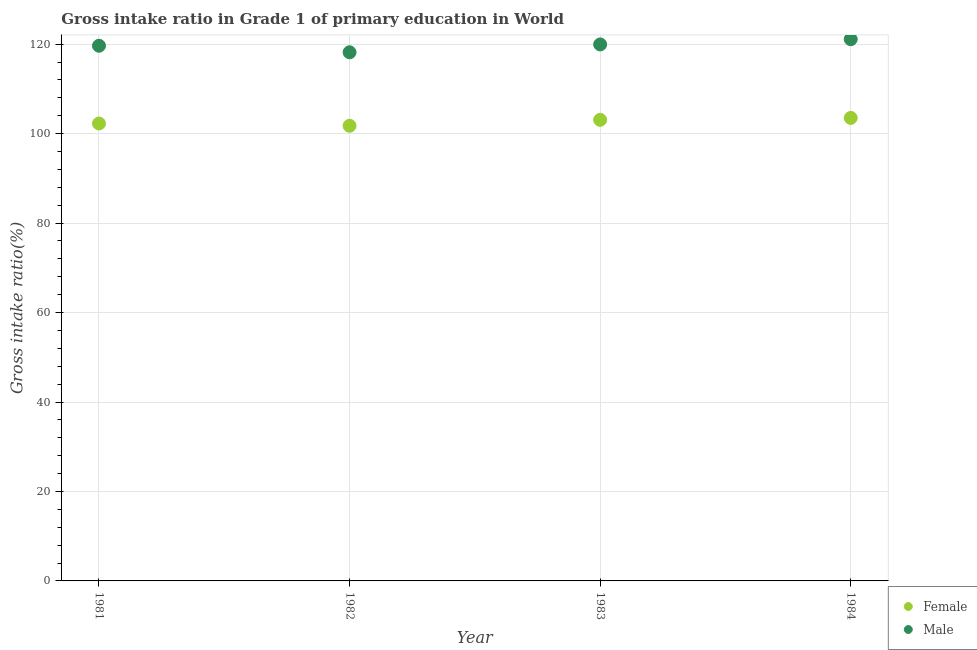
| Year | Female | Male |
 | --- | --- | --- |
 | 1981 | 102 | 120 |
 | 1982 | 102 | 118 |
 | 1983 | 103 | 120 |
 | 1984 | 104 | 121 |